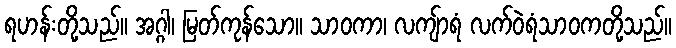
ရဟန်းတို့သည်။ အဂ္ဂါ၊ မြတ်ကုန်သော။ သာဝကာ၊ လကျ်ာရံ လက်ဝဲရံသာဝကတို့သည်။